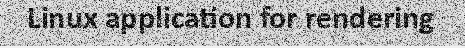
Linux application for rendering